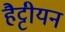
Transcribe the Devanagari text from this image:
हैट्टीयन